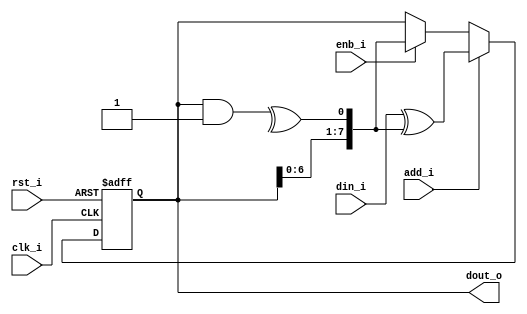
// =============================================================================
// >>>>>>>>>>>>>>>>>>>>>>>>> COPYRIGHT NOTICE <<<<<<<<<<<<<<<<<<<<<<<<<<<<<<<<<<
// -----------------------------------------------------------------------------
//   Copyright (c) 2019 by Lattice Semiconductor Corporation
//   ALL RIGHTS RESERVED
// -----------------------------------------------------------------------------
//
//   Permission:
//
//      Lattice SG Pte. Ltd. grants permission to use this code
//      pursuant to the terms of the Lattice Reference Design License Agreement.
//
//
//   Disclaimer:
//
//      This VHDL or Verilog source code is intended as a design reference
//      which illustrates how these types of functions can be implemented.
//      It is the user's responsibility to verify their design for
//      consistency and functionality through the use of formal
//      verification methods.  Lattice provides no warranty
//      regarding the use or functionality of this code.
//
// -----------------------------------------------------------------------------
//
//                  Lattice SG Pte. Ltd.
//                  101 Thomson Road, United Square #07-02
//                  Singapore 307591
//
//
//                  TEL: 1-800-Lattice (USA and Canada)
//                       +65-6631-2000 (Singapore)
//                       +1-503-268-8001 (other locations)
//
//                  web: http://www.latticesemi.com/
//
// -----------------------------------------------------------------------------
//
// =============================================================================
//                         FILE DETAILS
// Project               :
// Title                 :
// Dependencies          : 1.
//                       : 2.
// Description           :
// =============================================================================
//                        REVISION HISTORY
// Version               : 1.0.0
// Author(s)             :
// Mod. Date             :
// Changes Made          : Initial release.
// =============================================================================
`ifndef LSCC_DUMMY_MODEL_LFSR
`define LSCC_DUMMY_MODEL_LFSR

`timescale 1 ns / 1 ps


module lscc_dummy_model_lfsr 
#(
parameter integer          LFSR_WIDTH = 8,
parameter [LFSR_WIDTH-1:0] POLYNOMIAL = 1,
parameter [LFSR_WIDTH-1:0] LFSR_INIT  = 1,
parameter                  O_PARALLEL = 1,  // 1 for inputs, 0 for outputs - 1 bit output
parameter integer          OUT_WIDTH  = (O_PARALLEL) ? LFSR_WIDTH : 1
)
(
input                   clk_i   , 
input                   rst_i   , 
input                   enb_i   , 
input                   add_i   , 
input  [LFSR_WIDTH-1:0] din_i   ,
output [OUT_WIDTH-1:0]  dout_o 
);
    
  reg                lfsr_xor  ;
  reg [LFSR_WIDTH-1:0] lfsr_mask ;
  reg [LFSR_WIDTH-1:0] lshifter_c;
  reg [LFSR_WIDTH-1:0] lshifter  ;

  always @( * ) begin
    lfsr_mask  = (lshifter & POLYNOMIAL);
    lfsr_xor   = ^lfsr_mask            ;
    
    lshifter_c = {lshifter[LFSR_WIDTH-2:0], (lfsr_xor)};
  end

always @(posedge clk_i or posedge rst_i)
begin
  if(rst_i) 
    lshifter <= LFSR_INIT ;
  else 
    if (add_i)
      lshifter <= din_i ^ lshifter_c;
    else if (enb_i) 
      lshifter <= lshifter_c;
end
assign dout_o = (O_PARALLEL) ? lshifter : lshifter[LFSR_WIDTH-1:LFSR_WIDTH-1];

endmodule

`endif